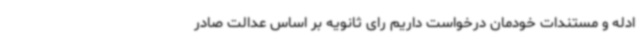
ادله و مستندات خودمان درخواست داریم رای ثانویه بر اساس عدالت صادر